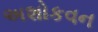
અશોકવન